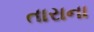
તારાના